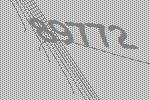
89772